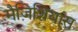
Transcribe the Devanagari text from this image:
मैज़िशियांस